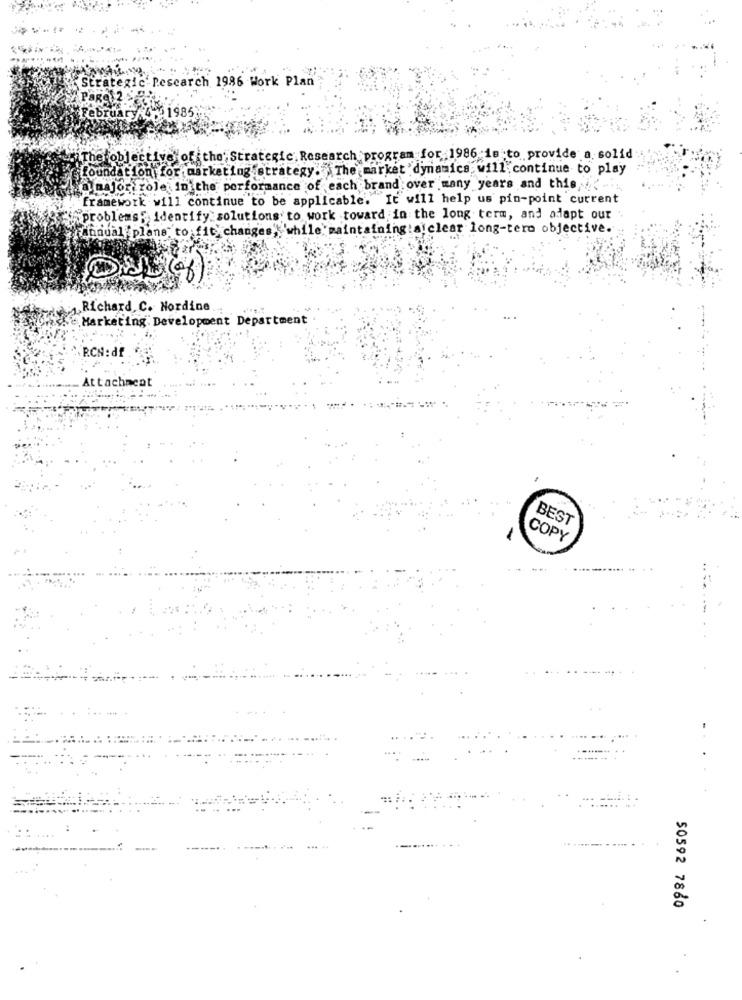
tegic Research 1986 Work Plan
The objective of the" Strategic. Research program for 1986 is to provide a solid
foundation; for marketing strategy. The market dynamics will continue to play
@ major role in the performance of each brand over many years and this -
framework will continue to be applicable. It will help us pin-point current
"problems" identify solutions. to work toward in the long term, and adapt our
annual plans to fit' changes, while maintaining:a clear long-tero objective.
1.Richard, C. Nordine
.e Marketing: Development Department
RCN: d
. Attachment
BEST
COPY
50592 7880